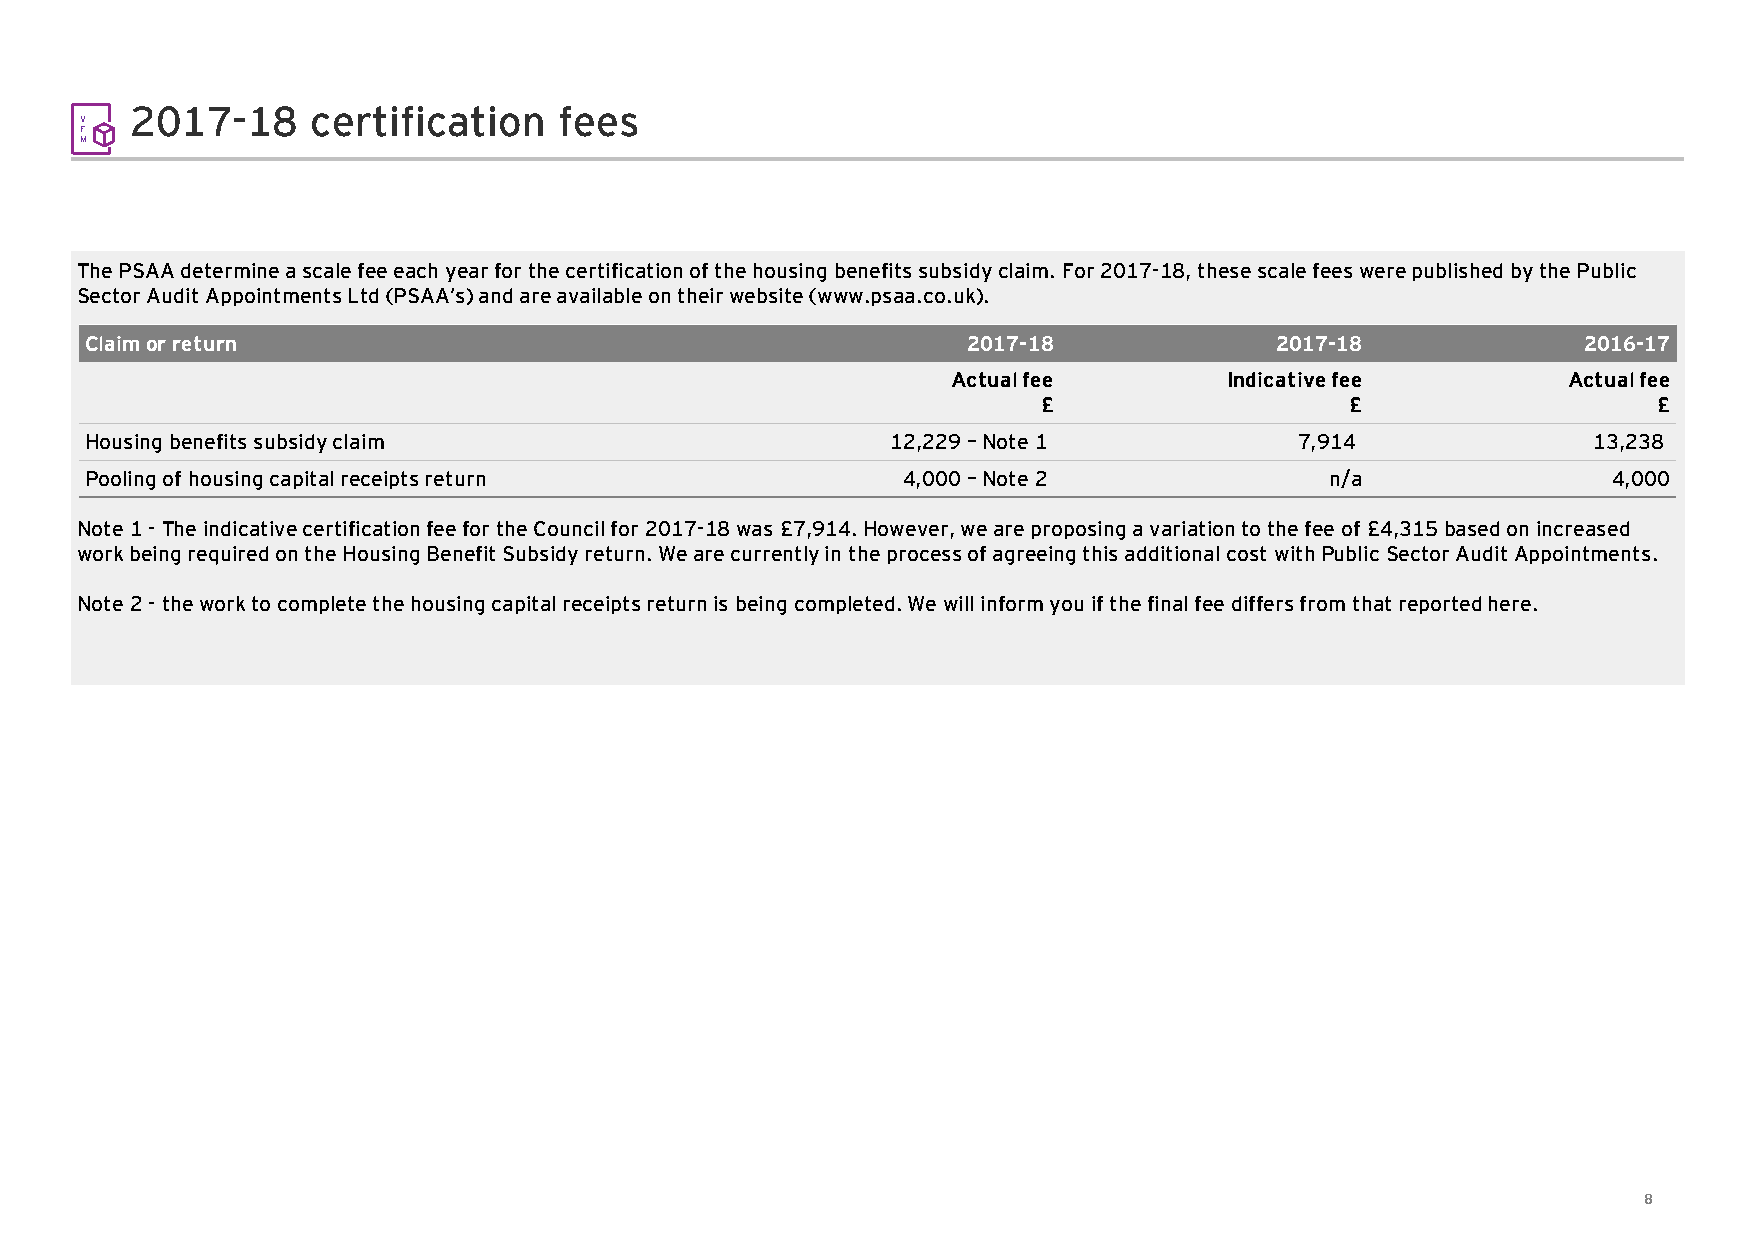
2017-18     certification   fees
 V
 F
 M
 The PSAA determine a scale fee each year for the certification of the housing benefits subsidy claim. For 2017-18, these scale fees were published by the Public
 Sector Audit Appointments Ltd (PSAA’s) and are available on their website (www.psaa.co.uk).
 Claim or return                                           2017-18             2017-18              2016-17
 Actual fee        Indicative fee         Actual fee
 £                   £                    £
 Housing benefits subsidy claim                       12,229 –Note 1             7,914              13,238
 Pooling of housing capital receipts return            4,000 –Note 2               n/a                4,000
 Note 1 -The indicative certification fee for the Council for 2017-18 was £7,914. However, we are proposing a variation to the fee of £4,315 based on increased
 work being required on the Housing Benefit Subsidy return. We are currently in the process of agreeing this additional cost withPublic Sector Audit Appointments.
 Note 2 -the work to complete the housing capital receipts return is being completed. We will inform you if the final fee differs from that reported here.
 8